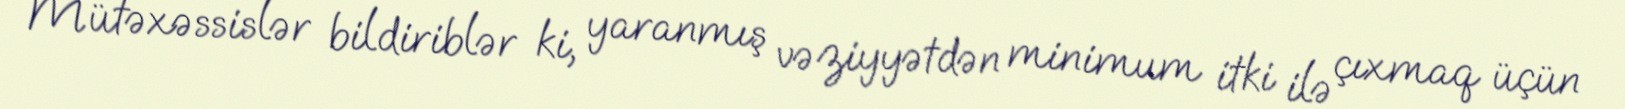
Mütəxəssislər bildiriblər ki, yaranmış vəziyyətdən minimum itki ilə çıxmaq üçün